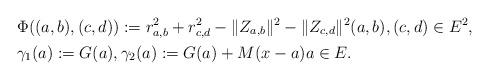
LaTeX: \begin{align*}& \Phi( (a,b), (c,d) ) := r_{a,b}^2+r_{c,d}^2-\|Z_{a,b}\|^2-\|Z_{c,d}\|^2 (a,b), (c,d) \in E^2,\\& \gamma_1(a) :=G(a) , \gamma_2(a) :=G(a)+ M (x-a) a \in E.\end{align*}